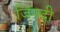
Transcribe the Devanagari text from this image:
जिंगदी